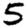
Digit: 5